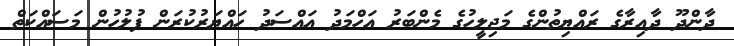
ދާންދޫ ދާއިރާގެ ރައްޔިތުންގެ މަޖިލީހުގެ މެންބަރު އަހްމަދު އައްސަދު ހައްޔަރުކުރަން ފުލުހުން މަސައްކަތް